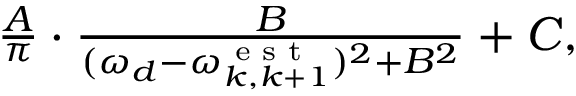
\begin{array} { r } { \frac { A } { \pi } \cdot \frac { B } { ( \omega _ { d } - \omega _ { k , k + 1 } ^ { \textrm { e s t } } ) ^ { 2 } + B ^ { 2 } } + C , } \end{array}